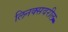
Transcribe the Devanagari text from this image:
लिनक्सवरील